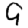
Digit: 9